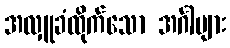
အလှူခံထိုက်သော အင်္ဂါများ